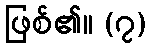
ဖြစ်၏။ (၇)